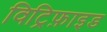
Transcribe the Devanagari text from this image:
विट्रिफ़ाइड